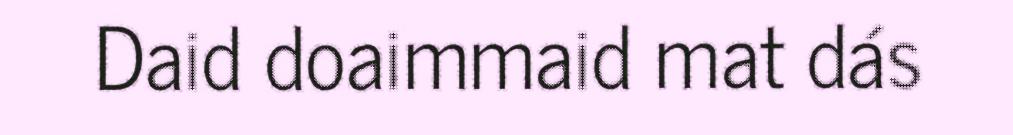
Daid doaimmaid mat dás